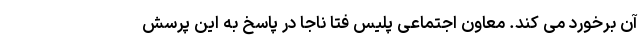
آن برخورد می کند. معاون ‌اجتماعی پلیس فتا ناجا در پاسخ به این پرسش